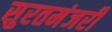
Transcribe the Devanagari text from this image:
सुरतमंजरी